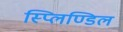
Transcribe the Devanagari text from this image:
स्प्लिण्डिल